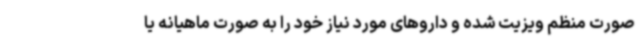
صورت منظم ویزیت شده و داروهای مورد نیاز خود را به صورت ماهیانه یا